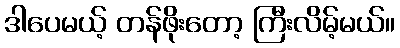
ဒါပေမယ့် တန်ဖိုးတော့ ကြီးလိမ့်မယ်။